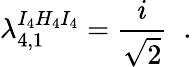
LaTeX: \lambda_{4,1}^{I_{4}H_{4}I_{4}}=\frac{i}{\sqrt{2}}\; \; .